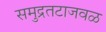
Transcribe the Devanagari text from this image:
समुद्रतटाजवळ